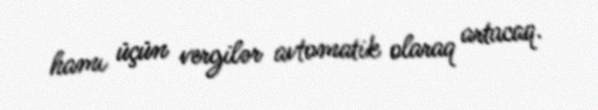
hamı üçün vergilər avtomatik olaraq artacaq.